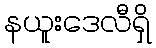
နယူးဒေလီရှိ